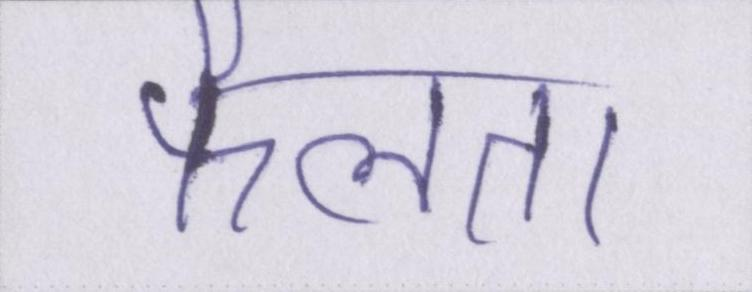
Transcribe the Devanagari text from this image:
फैलता